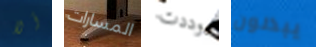
ألا المسارات وددت يبذلون